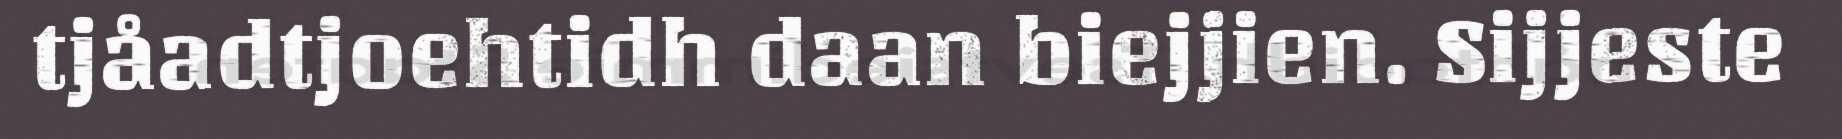
tjåadtjoehtidh daan biejjien. Sijjeste